Scottish Leaving Certificate Examination, 1961
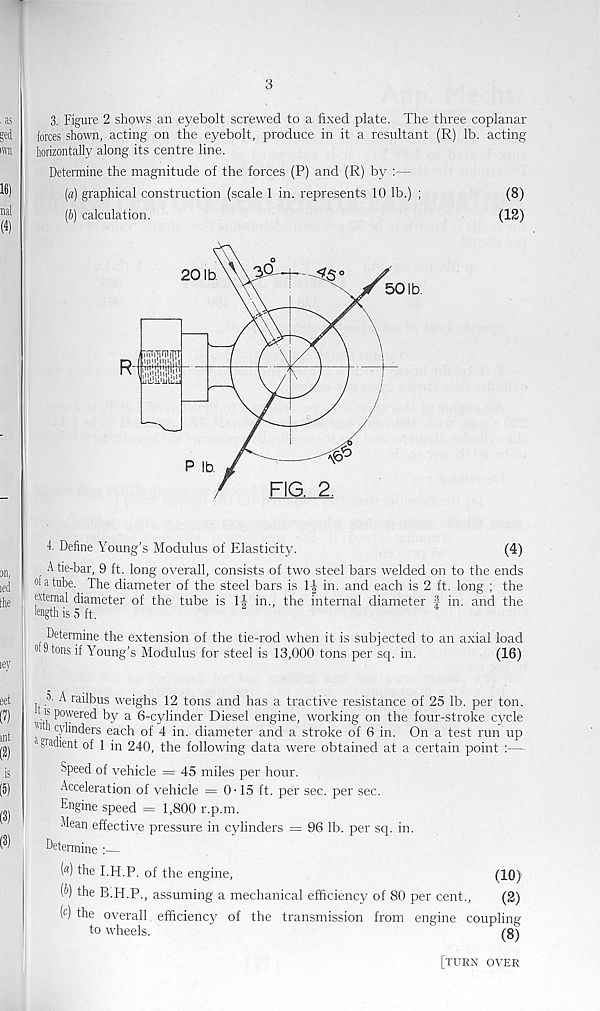
3
3. Figure 2 shows an eyebolt screwed to a fixed plate. The three coplanar
forces shown, acting on the eyebolt, produce in it a resultant (R) lb. acting
horizontally along its centre line.
Determine the magnitude of the forces (P) and (R) by :—
(a) graphical construction (scale 1 in. represents 10 lb.) ;
(8)
(ft) calculation.
(12)
4. Define Young’s Modulus of Elasticity.
(4)
A tie-bar, 9 ft. long overall, consists of two steel bars welded on to the ends
da tube. The diameter of the steel bars is 1-J in. and each is 2 ft. long ; the
external diameter of the tube is 11 in., the internal diameter | in. and the
length is 5 ft.
Determine the extension of the tie-rod when it is subjected to an axial load
d 9 tons if Young’s Modulus for steel is 13,000 tons per sq. in.
(16)
A railbus weighs 12 tons and has a tractive resistance of 25 lb. per ton.
is powered by a 6-cylinder Diesel engine, working on the four-stroke cycle
J 1 ® cylinders each of 4 in. diameter and a stroke of 6 in. On a test run up
giacuent of 1 in 240, the following data were obtained at a certain point :—
Speed of vehicle = 45 miles per hour.
Acceleration of vehicle = 0-15 ft. per sec. per sec.
Engine speed = 1,800 r.p.m.
Mean effective pressure in cylinders = 96 lb. per sq. in.
Determine
( a ) the I.H.P. of the engine,
(10)
(b) the B.H.P., assuming a mechanical efficiency of 80 per cent.,
(2)
( c ) the overall efficiency of the transmission from engine coupling
to wheels.
J
(8)
[turn over